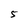
Character: 5